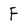
Character: F